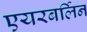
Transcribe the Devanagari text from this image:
एयरबर्लिन